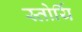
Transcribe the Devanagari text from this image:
स्तोर्यि